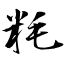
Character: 粍